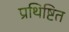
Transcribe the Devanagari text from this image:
प्रथिष्टित